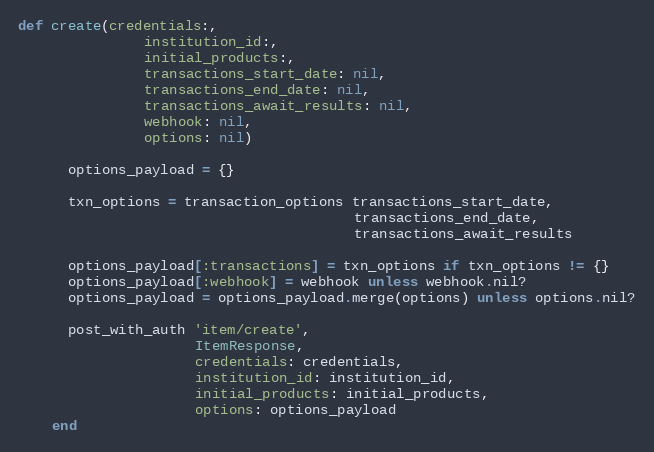
Language: Ruby
def create(credentials:,
               institution_id:,
               initial_products:,
               transactions_start_date: nil,
               transactions_end_date: nil,
               transactions_await_results: nil,
               webhook: nil,
               options: nil)

      options_payload = {}

      txn_options = transaction_options transactions_start_date,
                                        transactions_end_date,
                                        transactions_await_results

      options_payload[:transactions] = txn_options if txn_options != {}
      options_payload[:webhook] = webhook unless webhook.nil?
      options_payload = options_payload.merge(options) unless options.nil?

      post_with_auth 'item/create',
                     ItemResponse,
                     credentials: credentials,
                     institution_id: institution_id,
                     initial_products: initial_products,
                     options: options_payload
    end